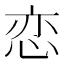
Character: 恋